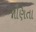
જાણિતા